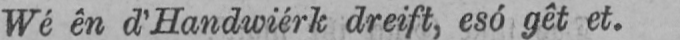
Wé ên d’Handwiérk dreift, esó gêt et.